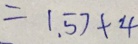
= 1 . 5 7 + 4